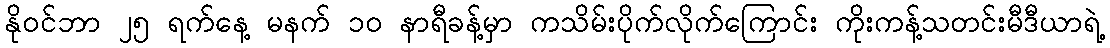
နိုဝင်ဘာ ၂၅ ရက်နေ့ မနက် ၁၀ နာရီခန့်မှာ ကသိမ်းပိုက်လိုက်ကြောင်း ကိုးကန့်သတင်းမီဒီယာရဲ့